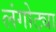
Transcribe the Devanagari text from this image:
लंगोट्या